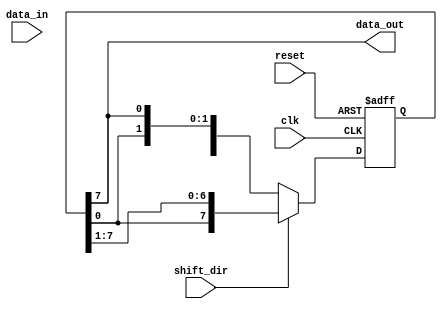
module bidirectional_shift_register (
    input wire clk,
    input wire reset,
    input wire shift_dir,
    input wire data_in,
    output reg data_out
);

reg [7:0] shift_reg;

always @ (posedge clk or posedge reset) begin
    if (reset) begin
        shift_reg <= 8'b0;
    end else begin
        if (shift_dir) begin
            shift_reg <= {shift_reg[0], shift_reg[7:1]};
        end else begin
            shift_reg <= {shift_reg[6:0], shift_reg[7]};
        end
    end
end

assign data_out = shift_reg[7];

endmodule